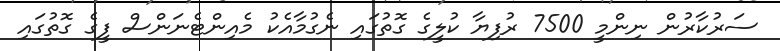
ސަރުކާރުން ނިންމީ 7500 ރުފިޔާ ކުލީގެ ގޮތުގައި ނެގުމާއެކު މެއިންޓެނަންސް ފީގެ ގޮތުގައި